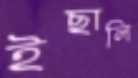
ইছালি